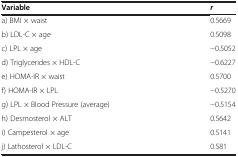
<table><thead><tr><td><b>Variable</b></td><td><b><i>r</i></b></td></tr></thead><tbody><tr><td>a) BMI × waist</td><td>0.5669</td></tr><tr><td>b) LDL-C × age</td><td>0.5098</td></tr><tr><td>c) LPL × age</td><td>−0.5052</td></tr><tr><td>d) Triglycerides × HDL-C</td><td>−0.6227</td></tr><tr><td>e) HOMA-IR × waist</td><td>0.5700</td></tr><tr><td>f) HOMA-IR × LPL</td><td>−0.5270</td></tr><tr><td>g) LPL × Blood Pressure (average)</td><td>−0.5154</td></tr><tr><td>h) Desmosterol × ALT</td><td>0.5642</td></tr><tr><td>i) Campesterol × age</td><td>0.5141</td></tr><tr><td>j) Lathosterol × LDL-C</td><td>0.581</td></tr></tbody></table>